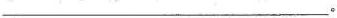
___。